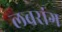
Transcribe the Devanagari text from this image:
लबरांग